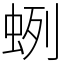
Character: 蛚